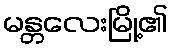
မန္တလေးမြို့၏